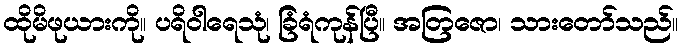
ထိုမိဖုယားကို။ ပရိဝါရေသုံ၊ ခြံရံကုန်ပြီ။ အတြဇော၊ သားတော်သည်။